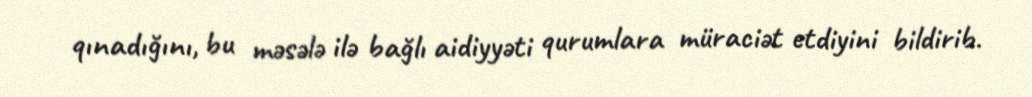
qınadığını, bu məsələ ilə bağlı aidiyyəti qurumlara müraciət etdiyini bildirib.